Annual vaccination report of Bihar and Orissa - 1911-1928
Year: 1911
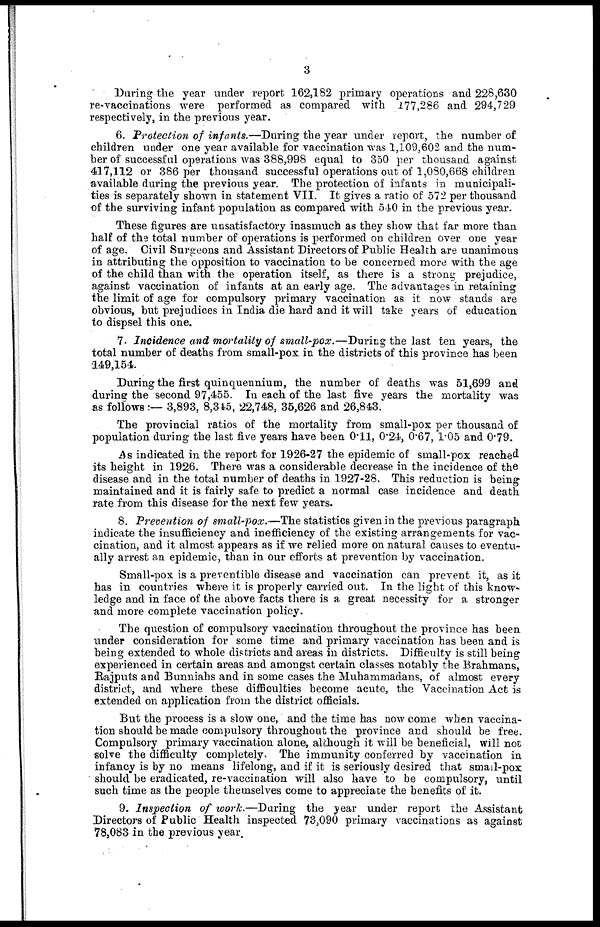
3
During the year under report 162,182 primary operations and 228,630
re-vaccinations were performed as compared with 177,286 and 294,729
respectively, in the previous year.
6. Protection of infants.—During the year under report, the number of
children under one year available for vaccination was 1,109,602 and the num-
ber of successful operations was 388,998 equal to 350 per thousand against
417,112 or 386 per thousand successful operations out of 1,080,668 children
available during the previous year. The protection of infants in municipali-
ties is separately shown in statement VII. It gives a ratio of 572 per thousand
of the surviving infant population as compared with 540 in the previous year.
These figures are unsatisfactory inasmuch as they show that far more than
half of the total number of operations is performed on children over one year
of age. Civil Surgeons and Assistant Directors of Public Health are unanimous
in attributing the opposition to vaccination to be concerned more with the age
of the child than with the operation itself, as there is a strong prejudice,
against vaccination of infants at an early age. The advantages in retaining
the limit of age for compulsory primary vaccination as it now stands are
obvious, but prejudices in India die hard and it will take years of education
to dispsel this one.
7. Incidence and mortality of small-pox.—During the last ten years, the
total number of deaths from small-pox in the districts of this province has been
149,154.
During the first quinquennium, the number of deaths was 51,699 and
during the second 97,455. In each of the last five years the mortality was
as follows:— 3,893, 8,345, 22,748, 35,626 and 26,843.
The provincial ratios of the mortality from small-pox per thousand of
population during the last five years have been 0.11, 0.24, 0.67, 1.05 and 0.79.
As indicated in the report for 1926-27 the epidemic of small-pox reached
its height in 1926. There was a considerable decrease in the incidence of the
disease and in the total number of deaths in 1927-28. This reduction is being
maintained and it is fairly safe to predict a normal case incidence and death
rate from this disease for the next few years.
8. Prevention of small-pox.—The statistics given in the previous paragraph
indicate the insufficiency and inefficiency of the existing arrangements for vac-
cination, and it almost appears as if we relied more on natural causes to eventu-
ally arrest an epidemic, than in our efforts at prevention by vaccination.
Small-pox is a preventible disease and vaccination can prevent it, as it
has in countries where it is properly carried out. In the light of this know-
ledge and in face of the above facts there is a great necessity for a stronger
and more complete vaccination policy.
The question of compulsory vaccination throughout the province has been
under consideration for some time and primary vaccination has been and is
being extended to whole districts and areas in districts. Difficulty is still being
experienced in certain areas and amongst certain classes notably the Brahmans,
Rajputs and Bunniahs and in some cases the Muhammadans, of almost every
district, and where these difficulties become acute, the Vaccination Act is
extended on application from the district officials.
But the process is a slow one, and the time has now come when vaccina-
tion should be made compulsory throughout the province and should be free.
Compulsory primary vaccination alone, although it will be beneficial, will not
solve the difficulty completely. The immunity conferred by vaccination in
infancy is by no means lifelong, and if it is seriously desired that small-pox
should be eradicated, re-vaccination will also have to be compulsory, until
such time as the people themselves come to appreciate the benefits of it.
9. Inspection of work.—During the year under report the Assistant
Directors of Public Health inspected 73,090 primary vaccinations as against
78,083 in the previous year.